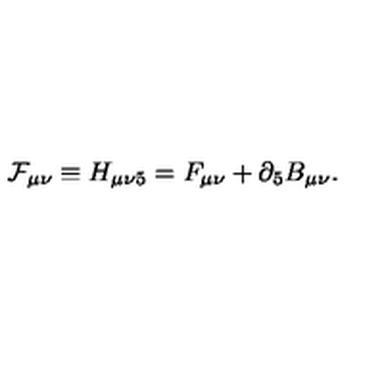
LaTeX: { \cal F } _ { \mu \nu } \equiv H _ { \mu \nu 5 } = F _ { \mu \nu } + \partial _ { 5 } B _ { \mu \nu } .